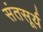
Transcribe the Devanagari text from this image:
संतसूर्य